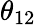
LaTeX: \theta_{12}